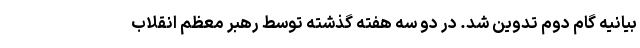
بیانیه گام دوم تدوین شد. در دو سه هفته گذشته توسط رهبر معظم انقلاب